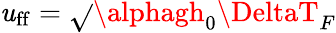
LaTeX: \mathit{u}_{\mathrm{{ff}}}=\sqrt{}{{\alphagh_{0}\DeltaT_{F}}}